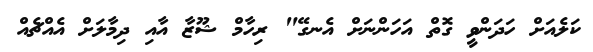
ކަލެއަށް ހަދަންވީ ގޮތް އަހަންނަށް އެނގޭ" ރިހާމް ޝޫޒާ އާއި ދިމާލަށް އެއްޗެއް